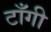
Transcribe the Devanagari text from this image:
टाँगी